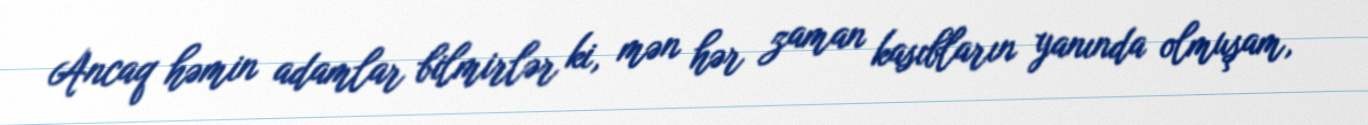
Ancaq həmin adamlar bilmirlər ki, mən hər zaman kasıbların yanında olmuşam,